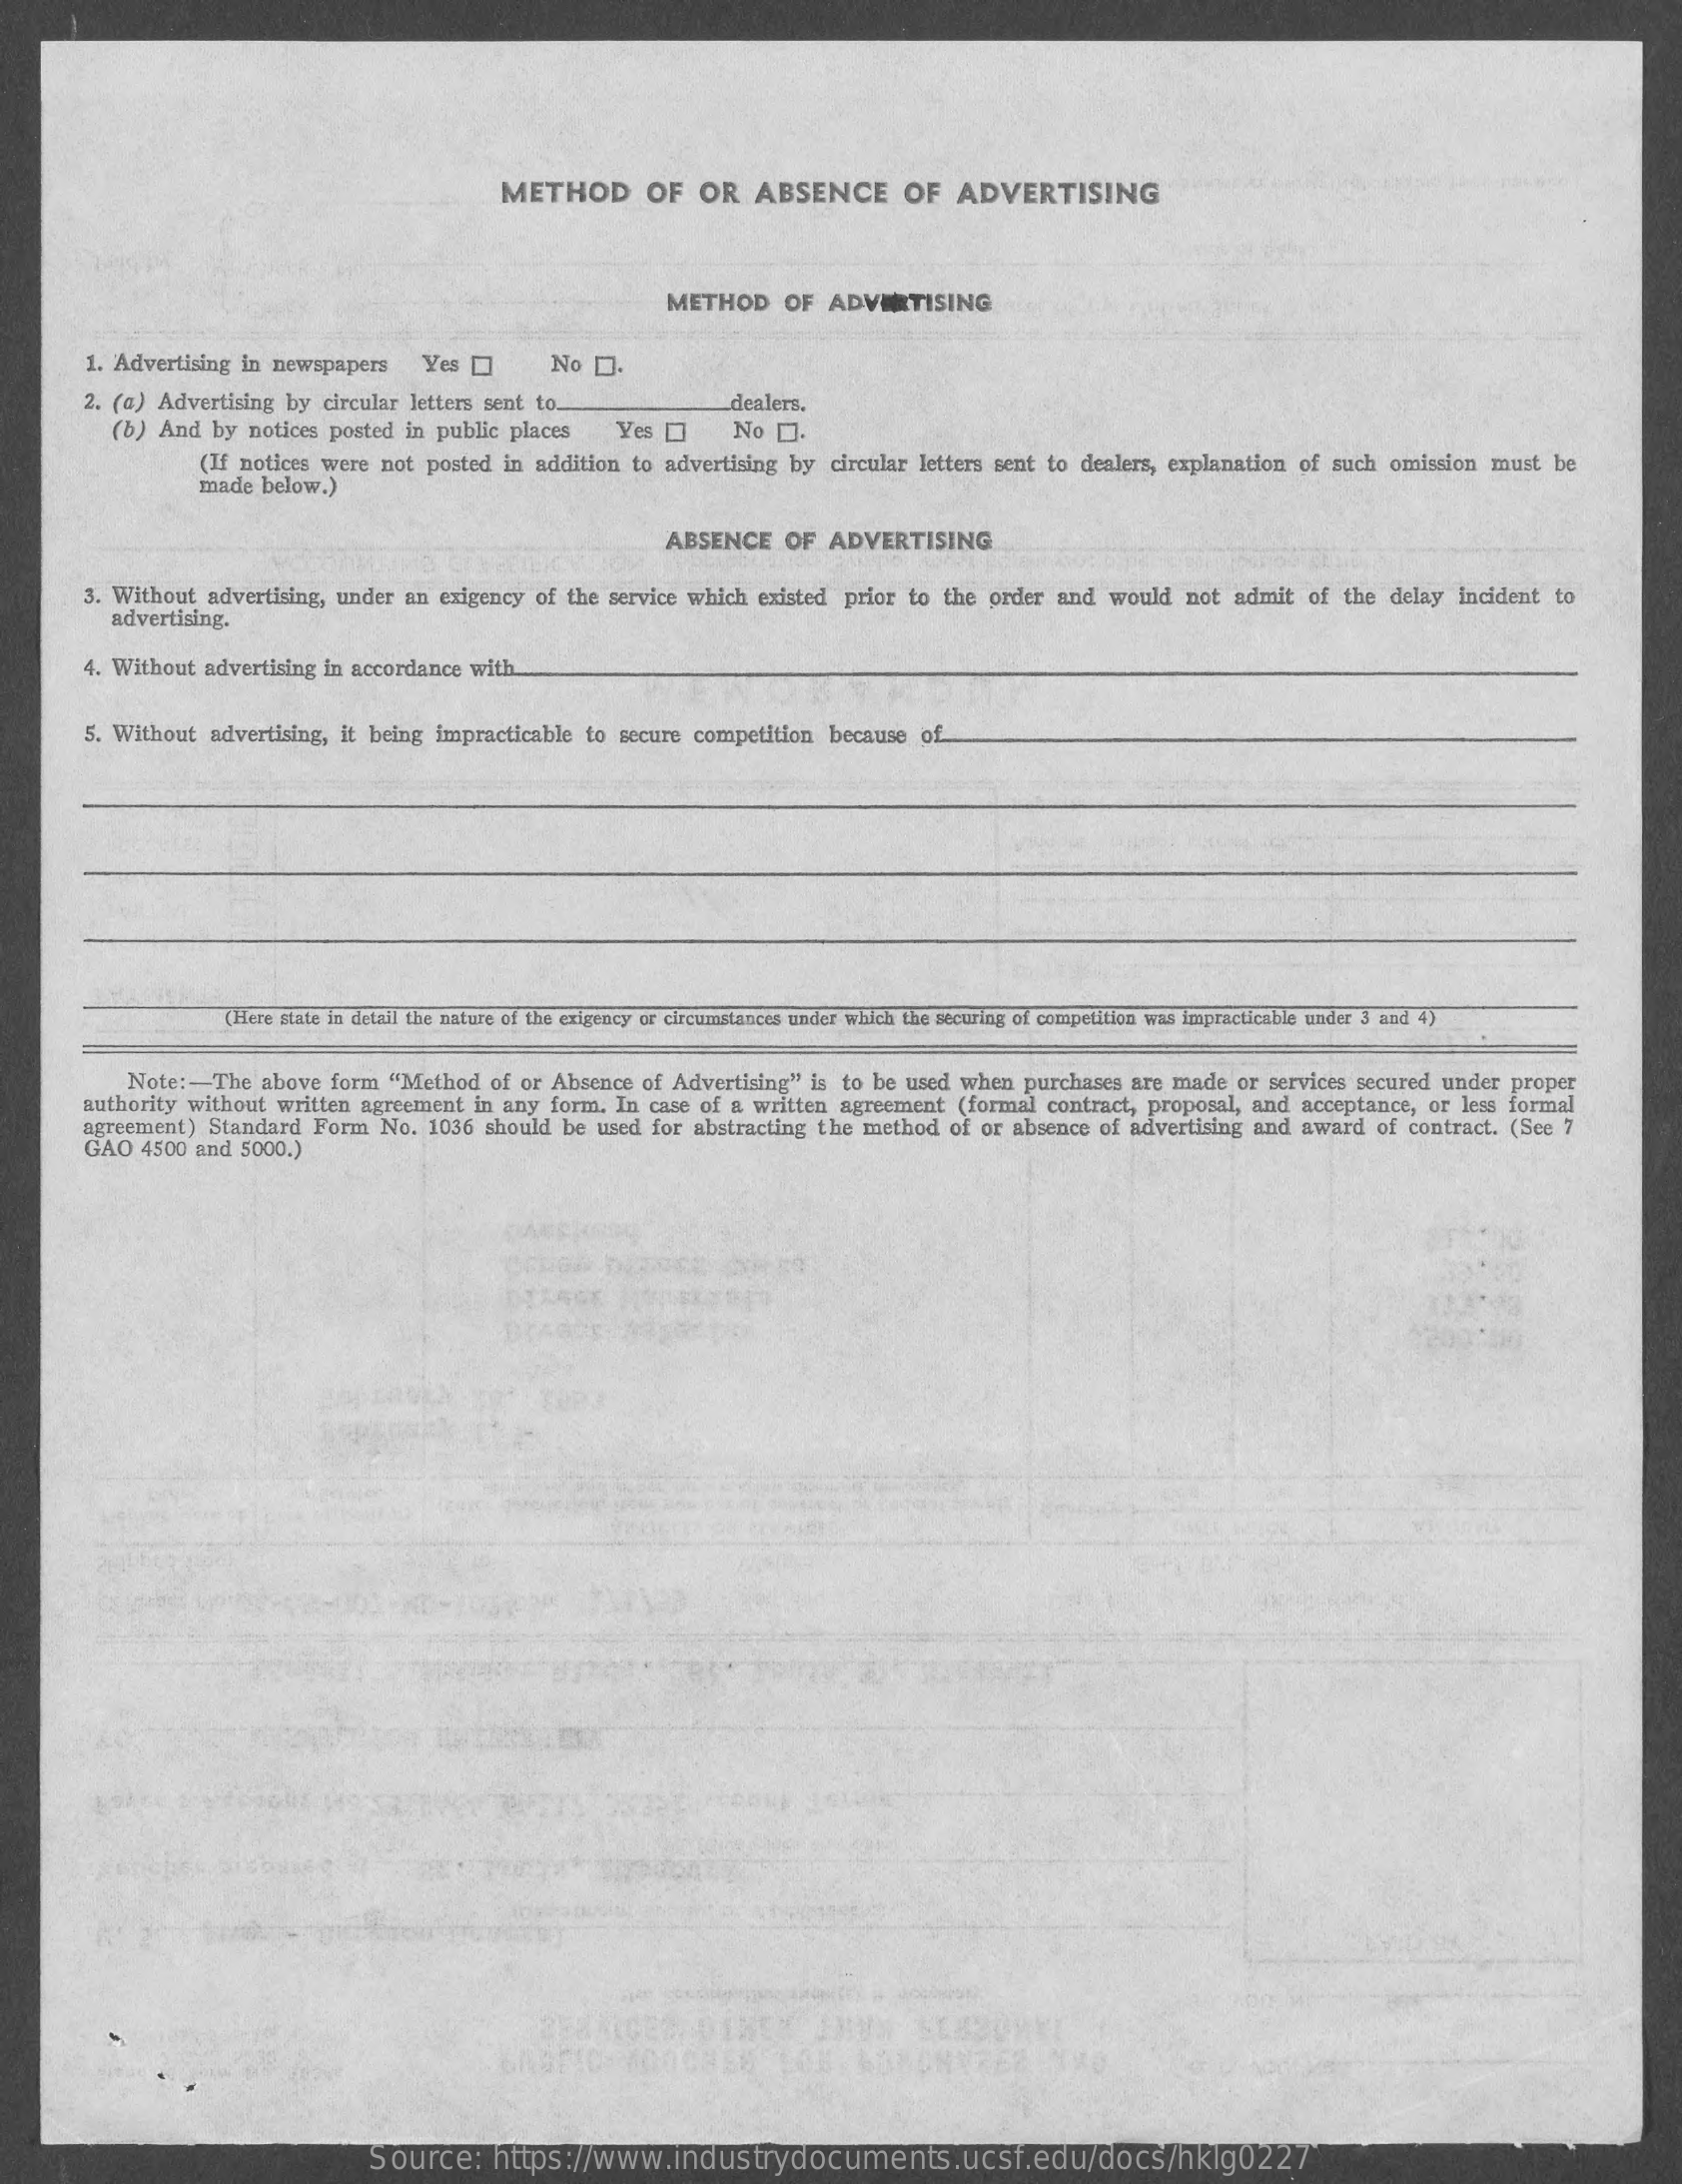
METHOD    OF  OR   ABSENCE    OF  ADVERTISING
     METHOD   OF ADVERTISING
     1. Advertising in newspapers Yes []  No [].
     2. (a) Advertising by circular letters sent to.
     (b) And by notices posted in public places
     dealers,
     Yes    No D.
     (If notices were not posted in addition to advertising by circular letters sent to dealers, explanation of such omission must be
     made below.)
     ABSENCE  OF ADVERTISING
     3. Without advertising, under an exigency of the service which existed prior to the order and would not admit of the delay incident to
     advertising.
     4. Without advertising in accordance with.
     5. Without advertising, it being impracticable to secure competition because of
     (Here state in detail the nature of the exigency or circumstances under which the securing of competition was impracticable under 3 and 4)
     Note :- The above form "Method of or Absence of Advertising" is to be used when purchases are made or services secured under proper
     authority without written agreement in any form, In case of a written agreement (formal contract, proposal, and acceptance, or less formal
     agreement) Standard Form No. 1036 should be used for abstracting the method of or absence of advertising and award of contract. (See 7
     GAO 4500 and 5000.)
     Source:   https://www.industrydocuments.ucsf.edu/docs/hklg0227